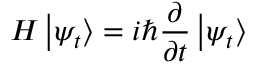
H \left| \psi _ { t } \right\rangle = i \hbar { \frac { \partial } { \partial t } } \left| \psi _ { t } \right\rangle